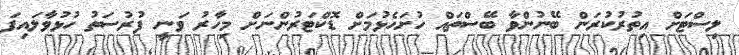
ލިސްޓަށް އިތުރުކުރަން ބޭނުންވާ ބޭސްތައް ހުށަހެޅުމަށް ޑޮކްޓަރުންނަށް މިހާރު ވަނީ ފުރުސަތު ހުޅުވާލައިފަ